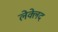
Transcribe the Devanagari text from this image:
लेक्लेद